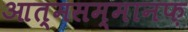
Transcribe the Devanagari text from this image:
आत्मसम्मानफ़